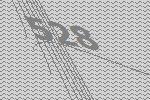
528